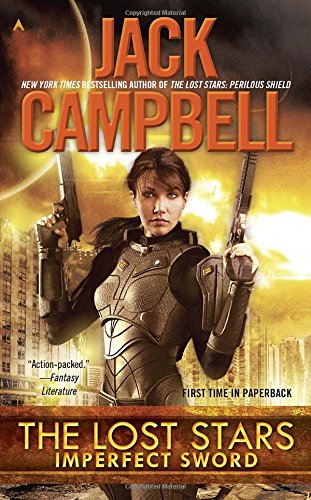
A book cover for The Lost Stars: Imperfect Sword; Jack Campbell; Science Fiction & Fantasy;